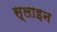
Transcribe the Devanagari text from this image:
स्लाइन